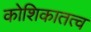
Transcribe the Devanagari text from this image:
कोशिकातत्व